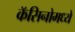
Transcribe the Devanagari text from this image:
कॅसिनोमध्ये